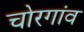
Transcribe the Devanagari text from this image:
चोरगांव